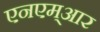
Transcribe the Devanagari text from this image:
एनएम्आर